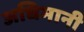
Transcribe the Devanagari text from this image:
अधिमानी